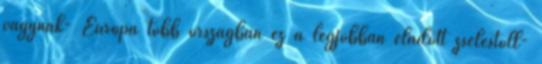
vágynak- Európa több országban ez a legjobban eladott zseléstoll-